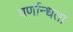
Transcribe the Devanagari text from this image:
वर्णान्धता